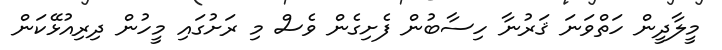
މީލާދީން ހަތްވަނަ ޤަރުނާ ހިސާބުން ފެށިގެން ވެސް މި ރަށުގައި މީހުން ދިރިއުޅޭކަން